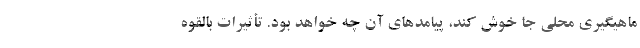
ماهیگیری محلی جا خوش کند، پیامد‌های آن چه خواهد بود. تأثیرات بالقوه